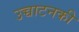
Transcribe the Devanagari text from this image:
उच्चाटनकी